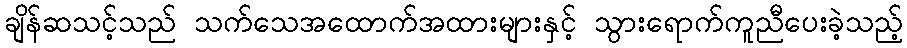
ချိန်ဆသင့်သည် သက်သေအထောက်အထားများနှင့် သွားရောက်ကူညီပေးခဲ့သည့်